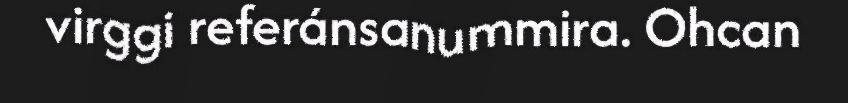
virggi referánsanummira. Ohcan